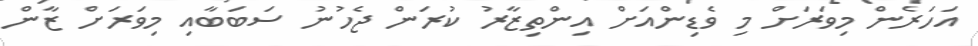
އަހަރެން މިވަރަށް މި ވެޑިންއަށް އިންތިޒާރު ކުރަން ޖެހުނު ސަބަބާއި މިވަރަށް ޒާން